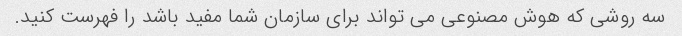
سه روشی که هوش مصنوعی می تواند برای سازمان شما مفید باشد را فهرست کنید.